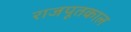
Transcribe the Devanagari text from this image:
राजपूतकाल